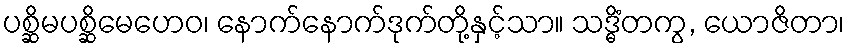
ပစ္ဆိမပစ္ဆိမေဟေဝ၊ နောက်နောက်ဒုက်တို့နှင့်သာ။ သဒ္ဓိံတကွ, ယောဇိတာ၊